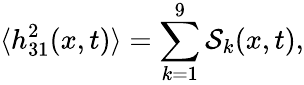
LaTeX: \langle h_{31}^{2}(x,t)\rangle=\sum_{k=1}^{9}\mathcal{S}_{k}(x,t),